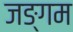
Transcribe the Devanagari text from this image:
जङ्गम